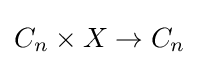
C_{n}\times X\to C_{n}